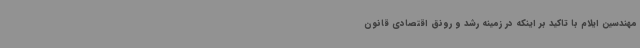
مهندسین ایلام با تاکید بر اینکه در زمینه رشد و رونق اقتصادی قانون